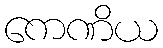
ကေဏိယ